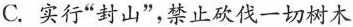
C. 实行“封山”，禁止砍伐一切树木